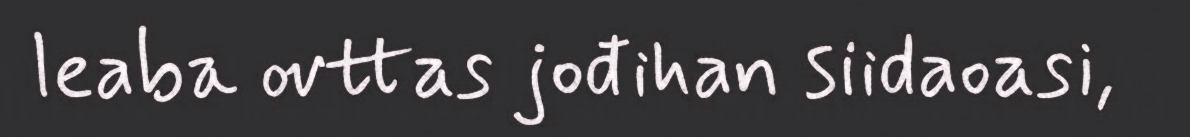
leaba ovttas jođihan siidaoasi,